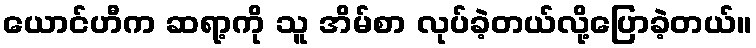
ယောင်ဟီက ဆရာ့ကို သူ အိမ်စာ လုပ်ခဲ့တယ်လို့ပြောခဲ့တယ်။